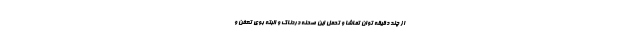
از چند دقیقه توان تماشا و تحمل این صحنه دردناک و البته بوی تعفن و